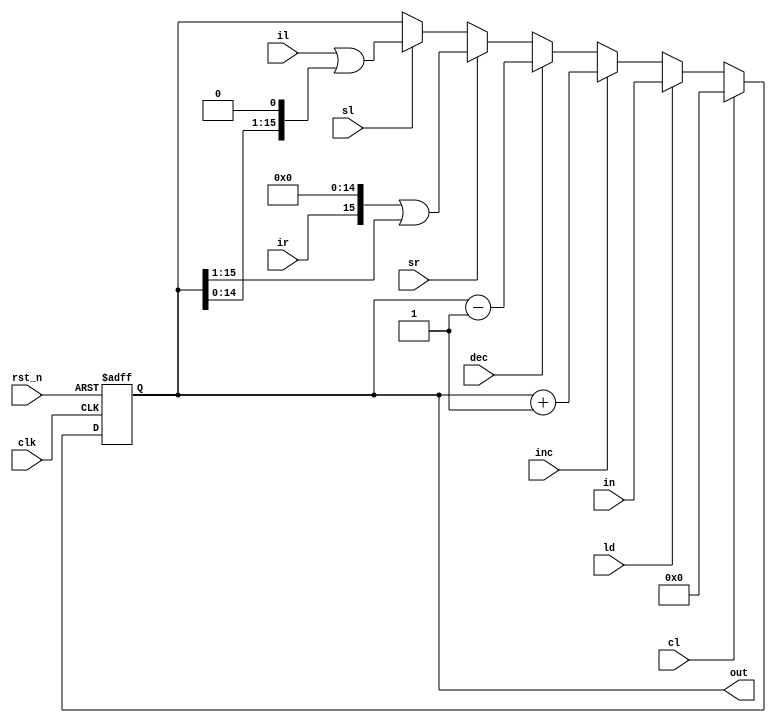
module register #(
    parameter DATA_WIDTH = 16
)(
    input clk,
    input rst_n,
    input cl,
    input ld,
    input [DATA_WIDTH-1:0] in,
    input inc,
    input dec,
    input sr,
    input ir,
    input sl,
    input il,
    output reg [DATA_WIDTH-1:0] out
);
    reg [DATA_WIDTH-1:0] out_next;

    always @(posedge clk, negedge rst_n) begin
        if(!rst_n) 
            out <= 0;
        else
            out <= out_next;
    end

    always @(*) begin
        out_next = out;
        if(cl == 1'b1) begin
            out_next = {DATA_WIDTH{1'b0}};
        end
        else if (ld == 1'b1) begin
            out_next = in;
        end
        else if (inc == 1'b1) begin
            out_next = out + 1;
        end
        else if (dec == 1'b1) begin
            out_next = out - {{(DATA_WIDTH-1){1'b0}}, 1'b1};
        end
        else if (sr == 1'b1) begin
            out_next = {ir, {(DATA_WIDTH-1){1'b0}}} | (out >> 1);
        end
        else if (sl == 1'b1) begin
            out_next = {{(DATA_WIDTH-1){1'b0}}, il} | (out << 1);
        end
        else begin
            out_next = out;
        end
    end

endmodule